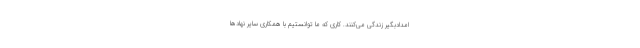
امدادبگیر زندگی می‌کنند. کاری که ما توانستیم با همکاری سایر نهادها